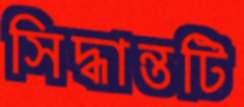
সিদ্ধান্তটি